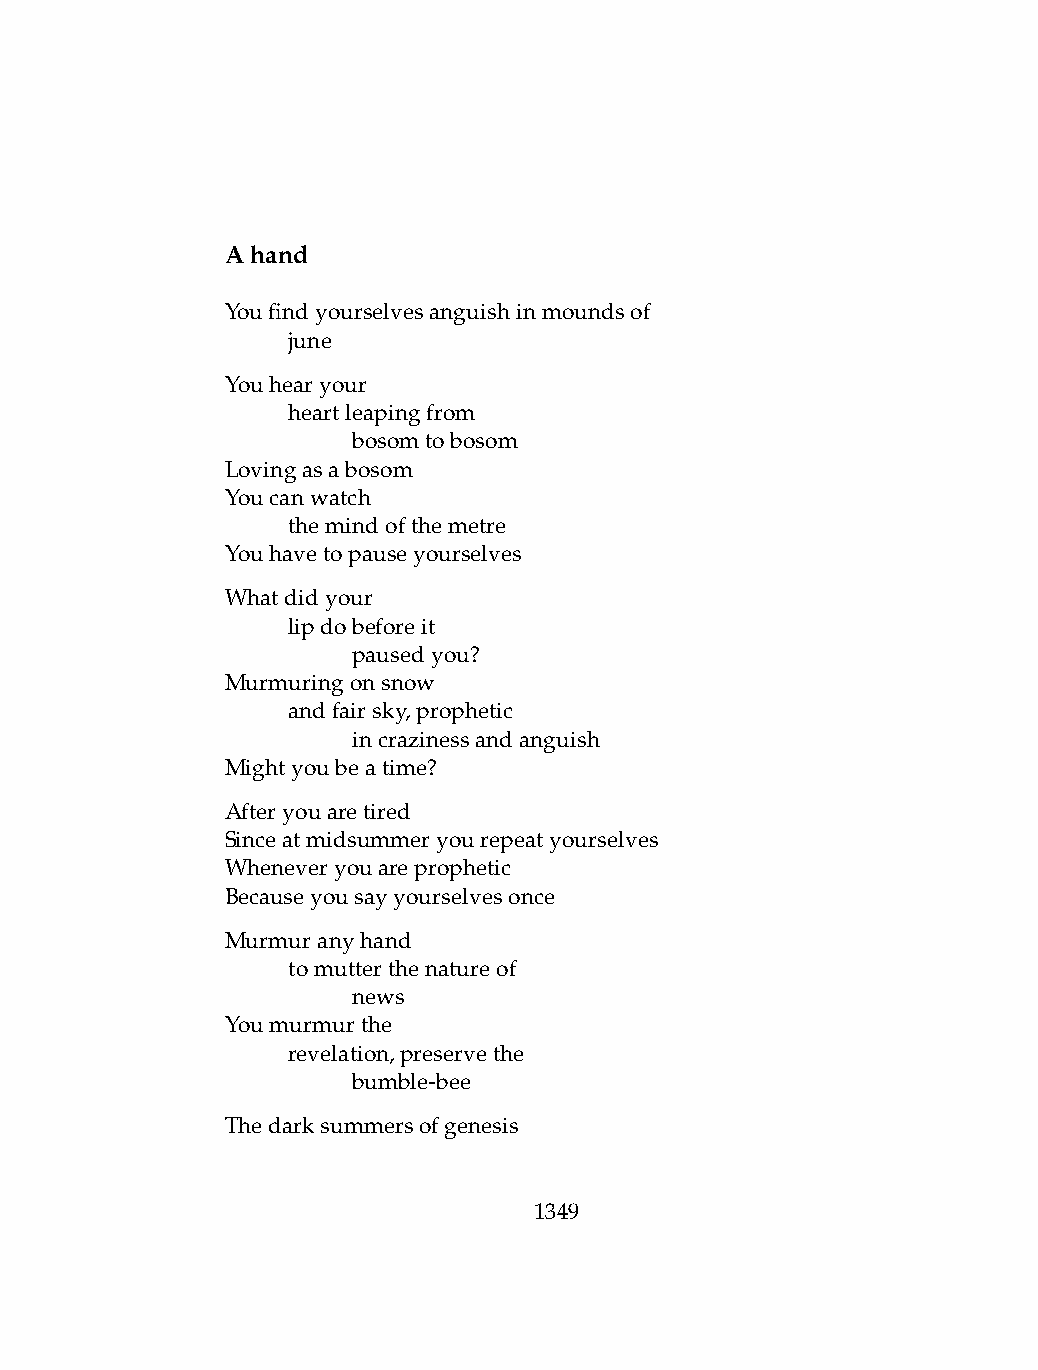
Ahand
 Youfindyourselvesanguishinmoundsof
 .   june
 Youhearyour
 .   heartleapingfrom
 .   .   bosomtobosom
 Lovingasabosom
 Youcanwatch
 .   themindofthemetre
 Youhavetopauseyourselves
 Whatdidyour
 .   lipdobeforeit
 .   .   pausedyou?
 Murmuringonsnow
 .   andfairsky,prophetic
 .   .   incrazinessandanguish
 Mightyoubeatime?
 Afteryouaretired
 Sinceatmidsummeryourepeatyourselves
 Wheneveryouareprophetic
 Becauseyousayyourselvesonce
 Murmuranyhand
 .   tomutterthenatureof
 .   .   news
 Youmurmurthe
 .   revelation,preservethe
 .   .   bumble-bee
 Thedarksummersofgenesis
 1349